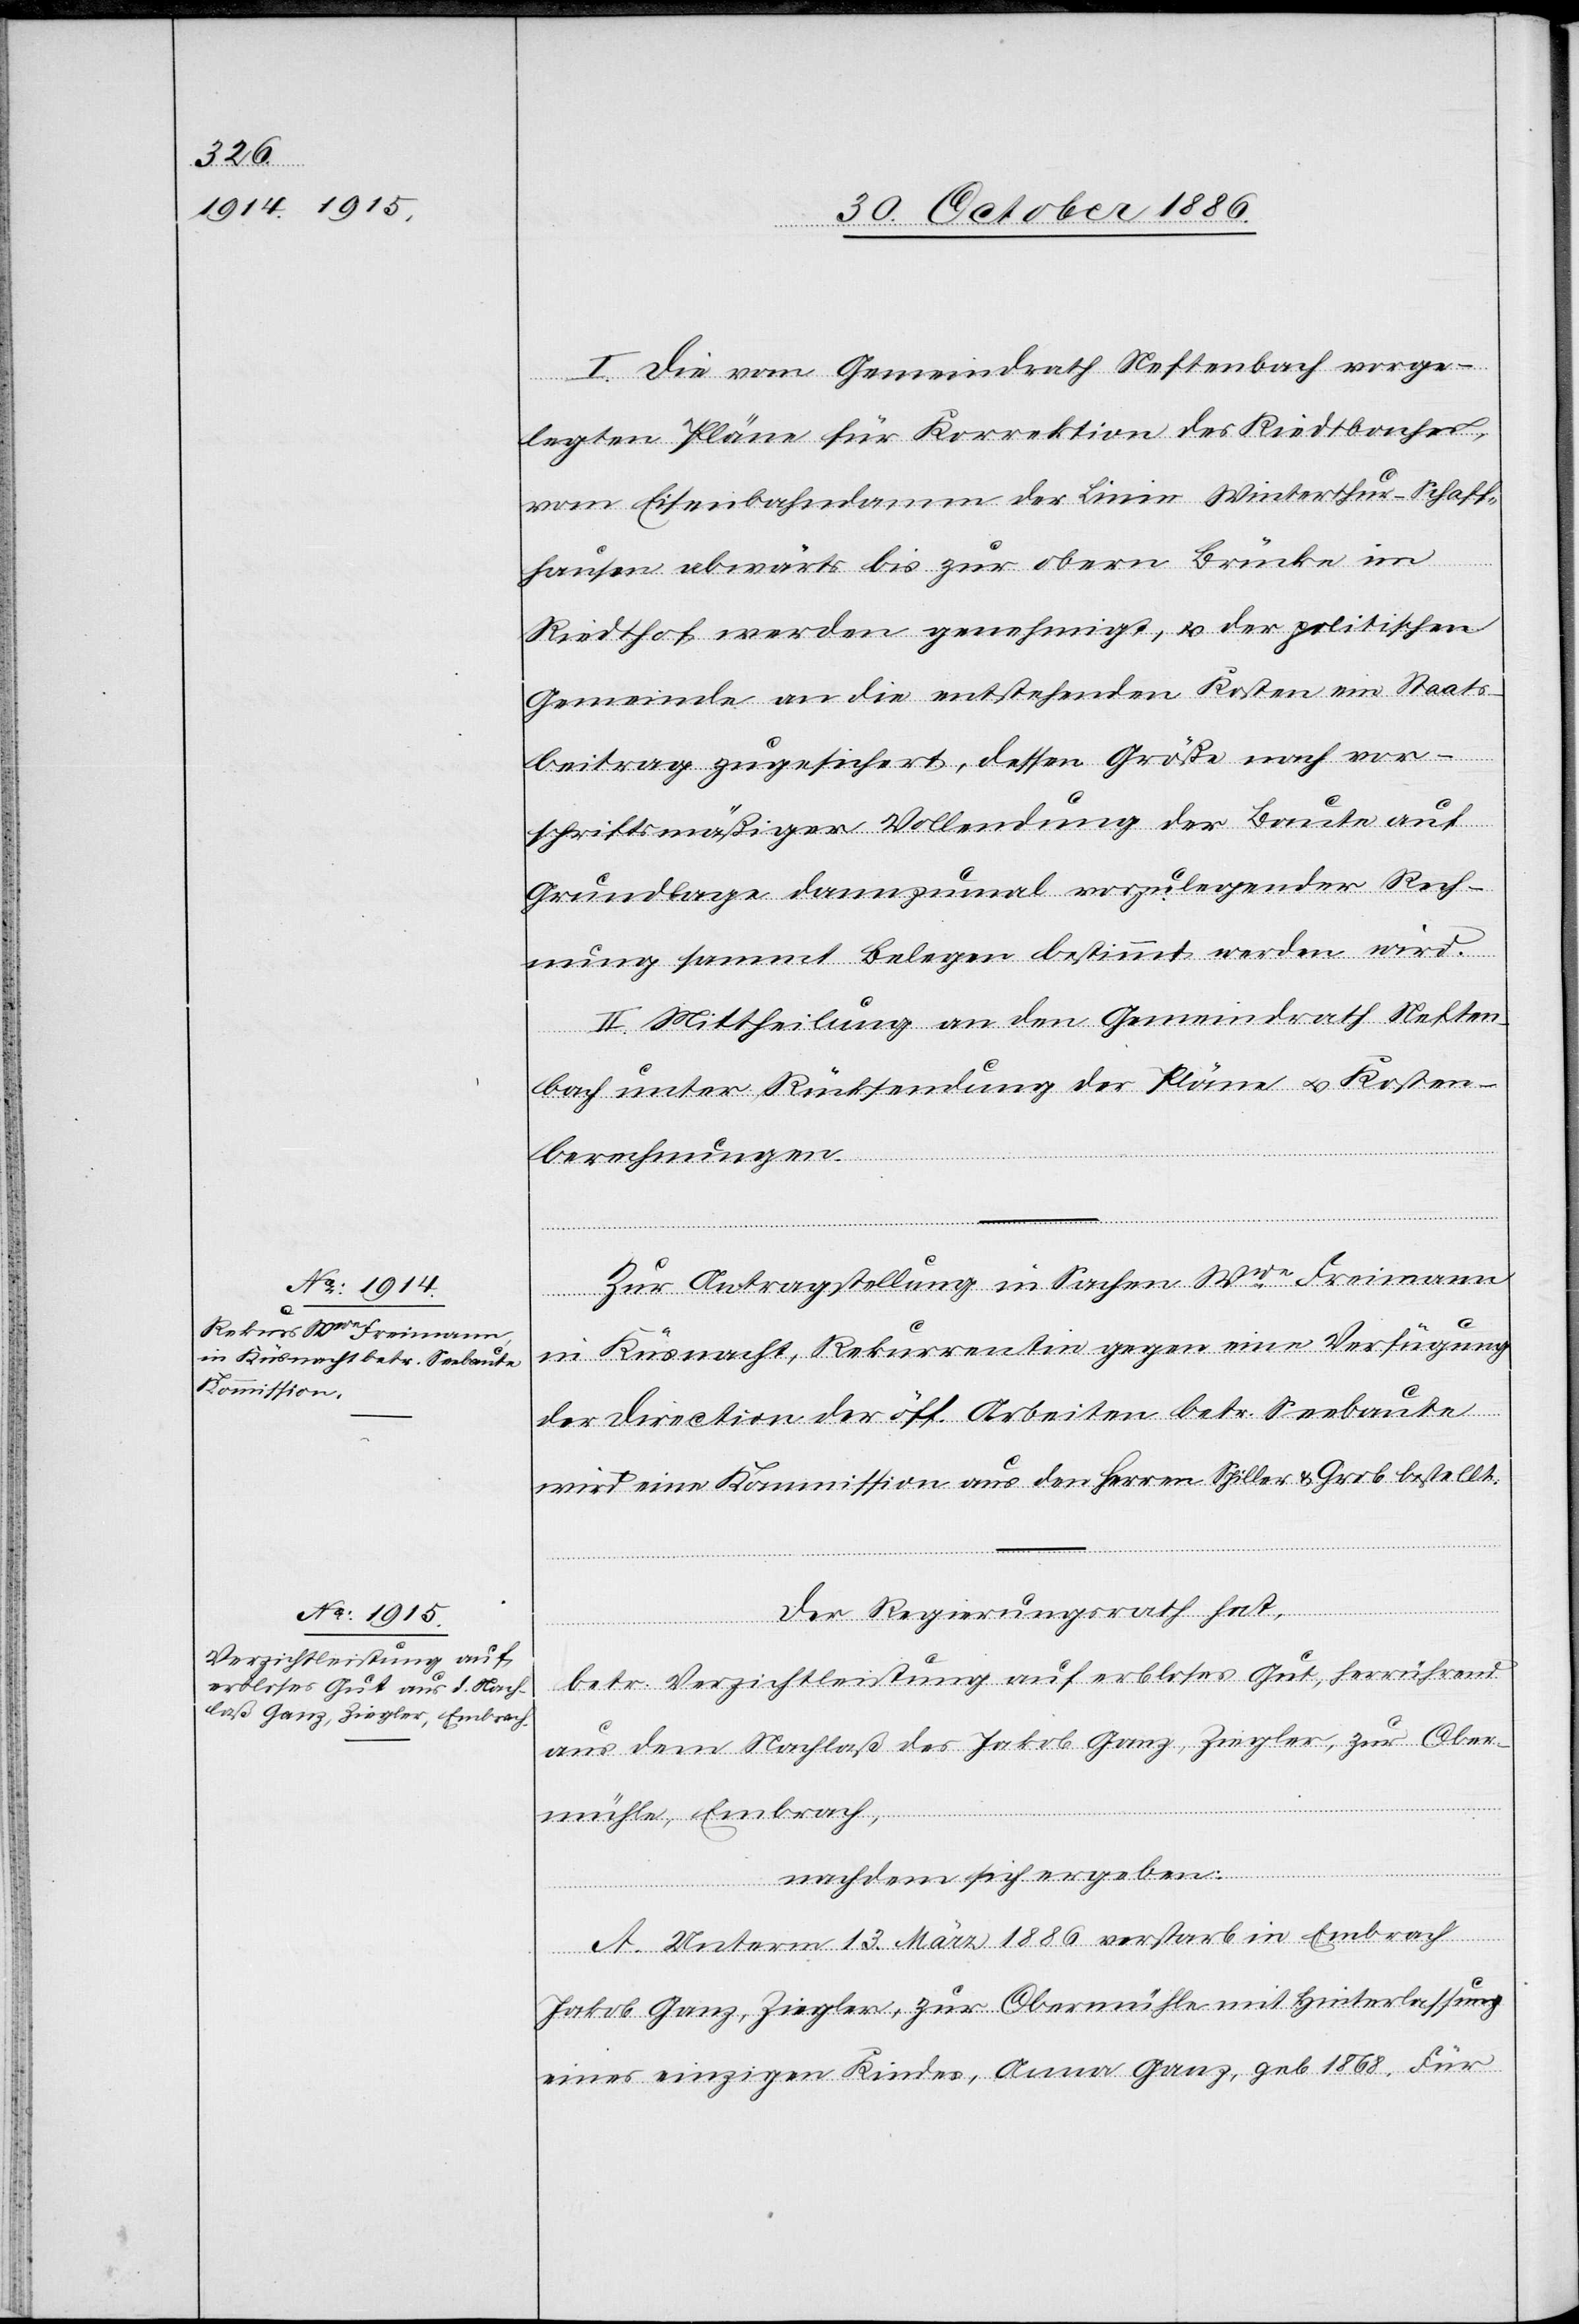
I. Die vom Gemeindrath Neftenbach vorge¬
legten Pläne für Korrektion des Riedtbaches,
vom Eisenbahndamm der Linie Winterthur–Schaff¬
hausen abwärts bis zur obern Brücke im
Riedthof werden genehmigt, & der politischen
Gemeinde an die entstehenden Kosten ein Staats¬
beitrag zugesichert, dessen Größe nach vor¬
schriftsmäßiger Vollendung der Baute auf
Grundlage dannzumal vorzulegender Rech¬
nung sammt Belegen bestimmt werden wird.
II. Mittheilung an den Gemeindrath Neften¬
bach unter Rücksendung der Pläne & Kosten¬
berechnungen.
Zur Antragstellung in Sachen Wwe Freimann
in Küsnacht, Rekurrentin gegen eine Verfügung
der Direction der öff. Arbeiten betr. Seebaute
wird eine Kommission aus den Herren Spiller & Grob bestellt.
Der Regierungsrath hat,
betr. Verzichtleistung auf erbloses Gut, herrührend
aus dem Nachlaß des Jakob Ganz, Ziegler, zur Ober¬
mühle, Embrach,
nachdem sich ergeben:
A. Unterm 13. März 1886 verstarb in Embrach
Jakob Ganz, Ziegler, zur Obermühle mit Hinterlassung
eines einzigen Kindes, Anna Ganz, geb 1868. Für